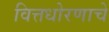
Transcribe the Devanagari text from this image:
वित्तधोरणाचे